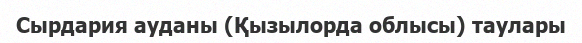
Сырдария ауданы (Қызылорда облысы) таулары